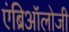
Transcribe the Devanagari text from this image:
एंब्रिऑलोजी